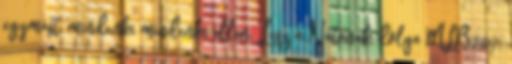
egymást, mindenki mindenki ellen. Lesz a Natonak dolga MLB2017: